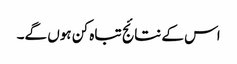
اس کے نتائج تباہ کن ہوں گے۔